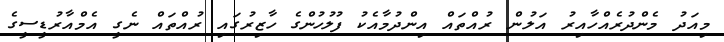
މިއަދު މެންދުރެއްހާއިރު އަލުން ރުއްތައް އިންދުމާއެކު ފުލުހުންގެ ހާޒިރުގައި ރުއްތައް ނެގީ އެމްއާރުޑީސީގެ